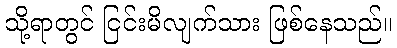
သို့ရာတွင် ငြင်းမိလျက်သား ဖြစ်နေသည်။